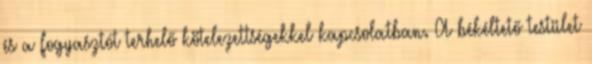
és a fogyasztót terhelő kötelezettségekkel kapcsolatban. A békéltető testület